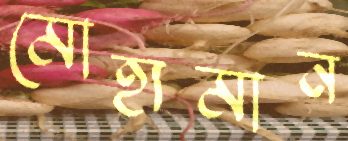
মোহ্যমান